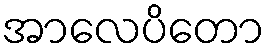
အာလေပိတော